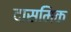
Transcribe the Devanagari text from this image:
दासमिक